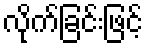
လိုက်ခြင်းဖြင့်